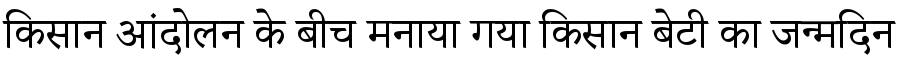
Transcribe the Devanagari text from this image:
किसान आंदोलन के बीच मनाया गया किसान बेटी का जन्मदिन